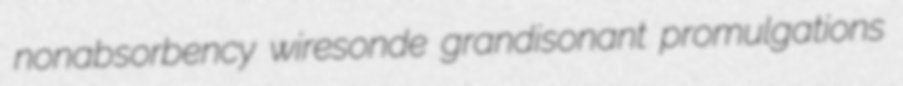
nonabsorbency wiresonde grandisonant promulgations